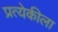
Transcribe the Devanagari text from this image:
प्रत्येकीला